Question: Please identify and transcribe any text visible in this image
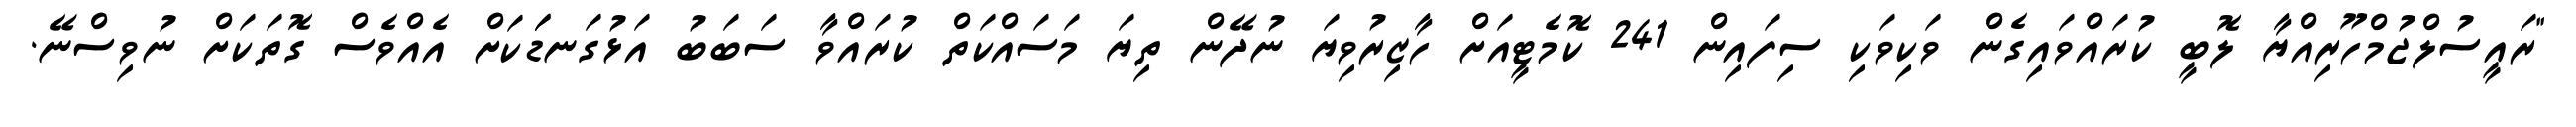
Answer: "ރައީސުލްޖުމްހޫރިއްޔާ ލޮބީ ކުރައްވައިގެން ވަކިވަކި ސިފައިން 241 ކޮމެޓީއަށް ހާޒިރުވިޔަ ނުދޭން ތިޔަ މަސައްކަތް ކުރައްވާ ސަބަބު އަޅުގަނޑަަކަށް އެއްވެސް ގޮތަކަށް ނުވިސްނޭ.